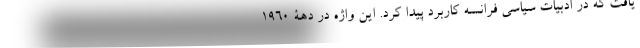
یافت که در ادبیات سیاسی فرانسه کاربرد پیدا کرد. این واژه در دهۀ 1960